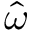
\hat { \omega }